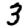
Digit: 3